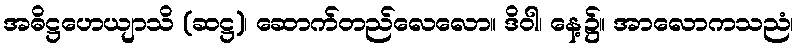
အဓိဋ္ဌဟေယျာသိ (ဆဋ္ဌ)၊ ဆောက်တည်လေလော။ ဒိဝါ၊ နေ့၌။ အာလောကသညံ၊